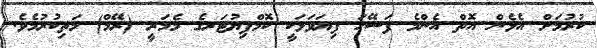
ކުރުމަށް އެޅެން އޮތް އެންމެ ފަސޭހަ ފިޔަވަޅަކީ ކޮމްޕިޔުޓަރގެ މެމަރީ (ރޭމް) މަތިކުރުމެވެ.